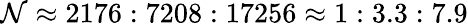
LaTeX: \mathcal{N}\approx2176:7208:17256\approx1:3.3:7.9